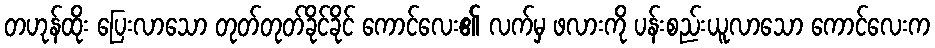
တဟုန်ထိုး ပြေးလာသော တုတ်တုတ်ခိုင်ခိုင် ကောင်လေး၏ လက်မှ ဖလားကို ပန်းစည်းယူလာသော ကောင်လေးက